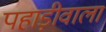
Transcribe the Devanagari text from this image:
पहाड़ीवाला